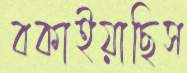
বকাইয়াছিস